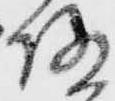
随